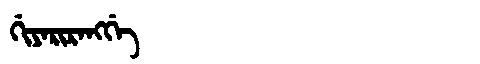
Manchu: ᡤᡳᠶᠠᡵᡳᡵᠠᠩᡤᡝ
Romanization: GIYARIRANGGE